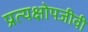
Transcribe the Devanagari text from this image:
प्रत्यक्षोपजीवी